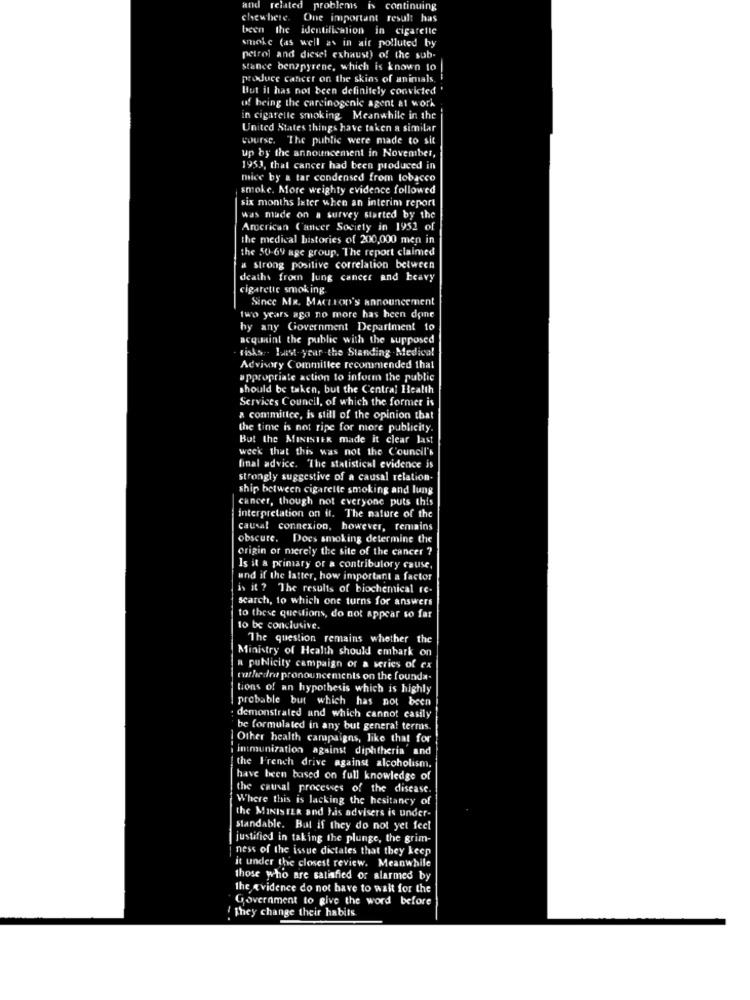
and related problems is continuing
chewhere.
One important result has
been the identification in cigarellc
the
smoke (as well as in ait polluted by
petrol and diesel exhaust) of the sub-
stance benzpyrene, which is known to
produce cancer on the skins of animals
But it has not been definitely convicted '
of being the carcinogenic agent at work
in cigarette smoking Meanwhile in the
United States things have taken a similar
course. The public were made to sit
up by the announcement in November,
1953, that cancer had been produced in
mice by a tar condensed from tobacco
smoke. More weighty evidence followed
six months later when an interim report
was made on a survey started by the
American Cancer Society in 1952 of
the medical bistories of 200,000 men in
the 50-69 age group. The report claimed
a strong positive correlation between
deaths from lung cancer and heavy
cigarette smoking
Since MR. MACHTONY'S announcement
two years ago no more has been done
hy any Government Department 10
acquaint the public with the supposed
risks .. last year .the Standing .Medical
Advisory Committee recommended that
appropriate action to inform the public
should be taken, but the Central Health
Services Council, of which the former is
a committee, is still of the opinion that
the time is not ripe for more publicity
But the MINISTER made it clear last
week that this was not the Council's
final advice. "The statistical evidence is
strongly suggestive of a causal relation.
ship between cigarette smoking and lung
cancer, though not everyone puts this
interpretation on it. The nature of the
causal connexion, however, remains
obscure. Does smoking determine the
origin of merely the site of the cancer ??
Is it & primary or a contribulory cause,
und if the latter, how important a factor
is it ? The results of biochemical re
search, to which one turns for answers
to these questions, do not appear so far
to be conclusive.
The question remains whether the
Ministry of Health should embark on
a publicity campaign of a series of ex
muthedra pronouncements on the founda-
tions of an hypothesis which is highly
probable but which has not been
demonstrated and which cannot casily
be formulated in any but general terms.
Other health campaigns, like that for
intmunization against diphtheria and
the French drive against alcoholism.
have been based on full knowledge of
the causal processes of the disease.
Where this is lacking the hesitancy of
the MINISTER and his advisers is under-
standable. Bal if they do not yet feel
justified in taking the plunge, the grim-
ness of the issue distates that they keep
it under the closest review. Meanwhile
those who are satisfied or alarmed by
the e vidence do not have to wait for the
Government to give the word before
! They change their habits